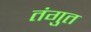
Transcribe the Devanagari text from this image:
तंगुत